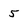
Character: 5